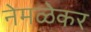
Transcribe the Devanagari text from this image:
नेमळेकर